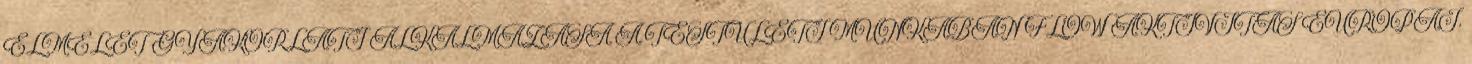
ELMÉLET GYAKORLATI ALKALMAZÁSA A TESTÜLETI MUNKÁBAN FLOW AKTIVITÁS EURÓPAI.